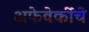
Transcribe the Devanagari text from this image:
अफेवेर्कीचे